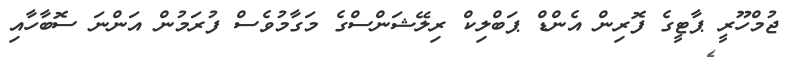
ޖުމްހޫރީ ޕާޓީގެ ފޮރިން އެންޑް ޕަބްލިކް ރިލޭޝަންސްގެ މަގާމުވެސް ފުރަމުން އަންނަ ސޮބާހާއި